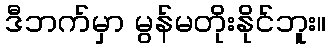
ဒီဘက်မှာ မွန်မတိုးနိုင်ဘူး။